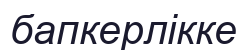
бапкерлікке